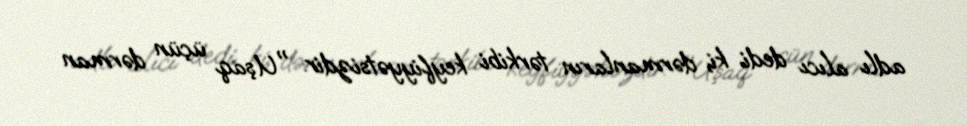
adlı alıcı dedi ki, dərmanların tərkibi keyfiyyətsizdir: "Uşaq üçün dərman